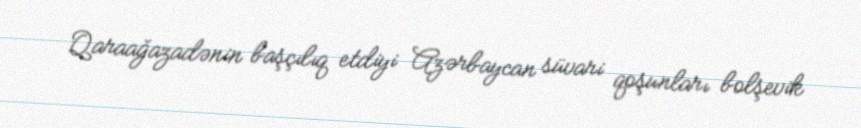
Qaraağazadənin başçılıq etdiyi Azərbaycan süvari qoşunları bolşevik